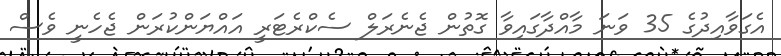
އެގަވާއިދުގެ 35 ވަނަ މާއްދާގައިވާ ގޮތުން ޖެނެރަލް ސެކްރެޓަރީ އައްޔަންކުރަން ޖެހެނީ ވެސް